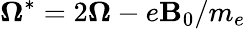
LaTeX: {\boldsymbol\Omega^{*}=2\boldsymbol\Omega-e\mathbf B_{0}/m_{e}}